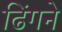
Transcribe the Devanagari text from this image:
ढिंगने